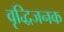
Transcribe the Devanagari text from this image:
वृद्धिजनक